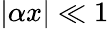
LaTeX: |\alpha x|\ll 1